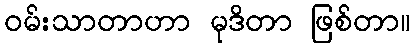
ဝမ်းသာတာဟာ မုဒိတာ ဖြစ်တာ။